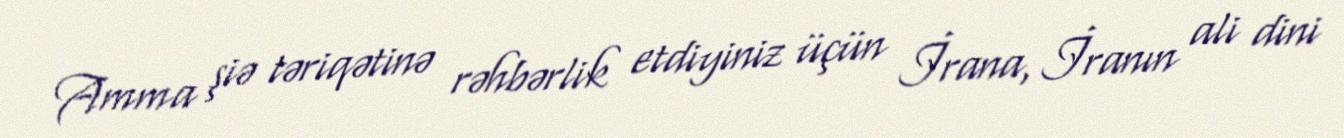
Amma şiə təriqətinə rəhbərlik etdiyiniz üçün İrana, İranın ali dini